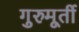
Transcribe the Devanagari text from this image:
गुरुमूर्ती